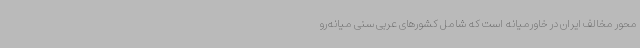
محور مخالف ایران در خاورمیانه است که شامل کشورهای عربی سنی میانه‌رو